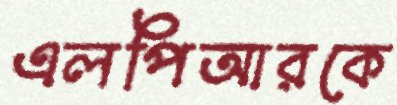
এলপিআরকে